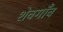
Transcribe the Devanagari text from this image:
शेवगाँव